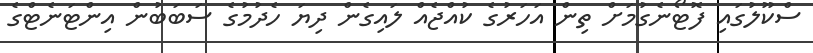
ސްކޫލުގައި ފޮޓޯނެގުމަށް ތިން އަހަރުގެ ކުއްޖެއް ލައިގެން ދިޔަ ހެދުމުގެ ސަބަބުން އިންޓަނެޓްގެ